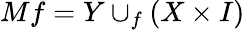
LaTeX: Mf=Y\cup_{f}(X\times I)